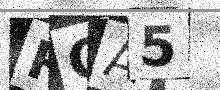
Text: RCA5